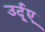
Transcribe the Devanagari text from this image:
उर्दूए